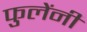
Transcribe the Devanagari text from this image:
फुलेंनी